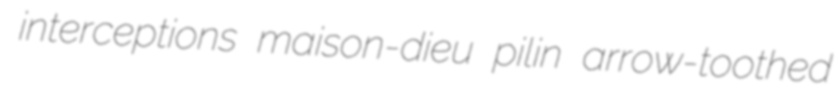
interceptions maison-dieu pilin arrow-toothed